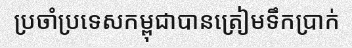
ប្រចាំប្រទេសកម្ពុជាបានត្រៀមទឹកប្រាក់